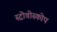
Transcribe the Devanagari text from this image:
स्ट्रोवोस्कोप